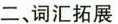
二、词汇拓展